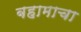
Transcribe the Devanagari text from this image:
बहामाचा